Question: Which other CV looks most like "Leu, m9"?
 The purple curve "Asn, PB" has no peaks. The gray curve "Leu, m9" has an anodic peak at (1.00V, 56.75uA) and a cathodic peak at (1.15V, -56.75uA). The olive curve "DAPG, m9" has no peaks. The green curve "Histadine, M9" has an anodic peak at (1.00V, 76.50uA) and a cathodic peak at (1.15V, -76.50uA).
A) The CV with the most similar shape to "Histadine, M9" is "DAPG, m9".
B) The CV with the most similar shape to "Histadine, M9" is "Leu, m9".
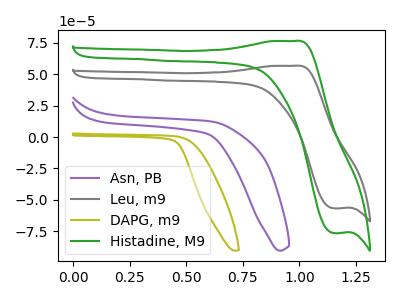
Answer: <think>"Asn, PB" and "Leu, m9" have a different number of peaks. Neither "Asn, PB" or "DAPG, m9" have any peaks. "Asn, PB" and "Histadine, M9" have a different number of peaks. "Leu, m9" and "DAPG, m9" have a different number of peaks. All the peaks in "Leu, m9" have a peak in "Histadine, M9" at the same potential. Every peak in "Leu, m9" is lower than every peak in "Histadine, M9". "DAPG, m9" and "Histadine, M9" have a different number of peaks.
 </think>
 <answer>B) The CV with the most similar shape to "Histadine, M9" is "Leu, m9".</answer>
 <eval>B</eval>